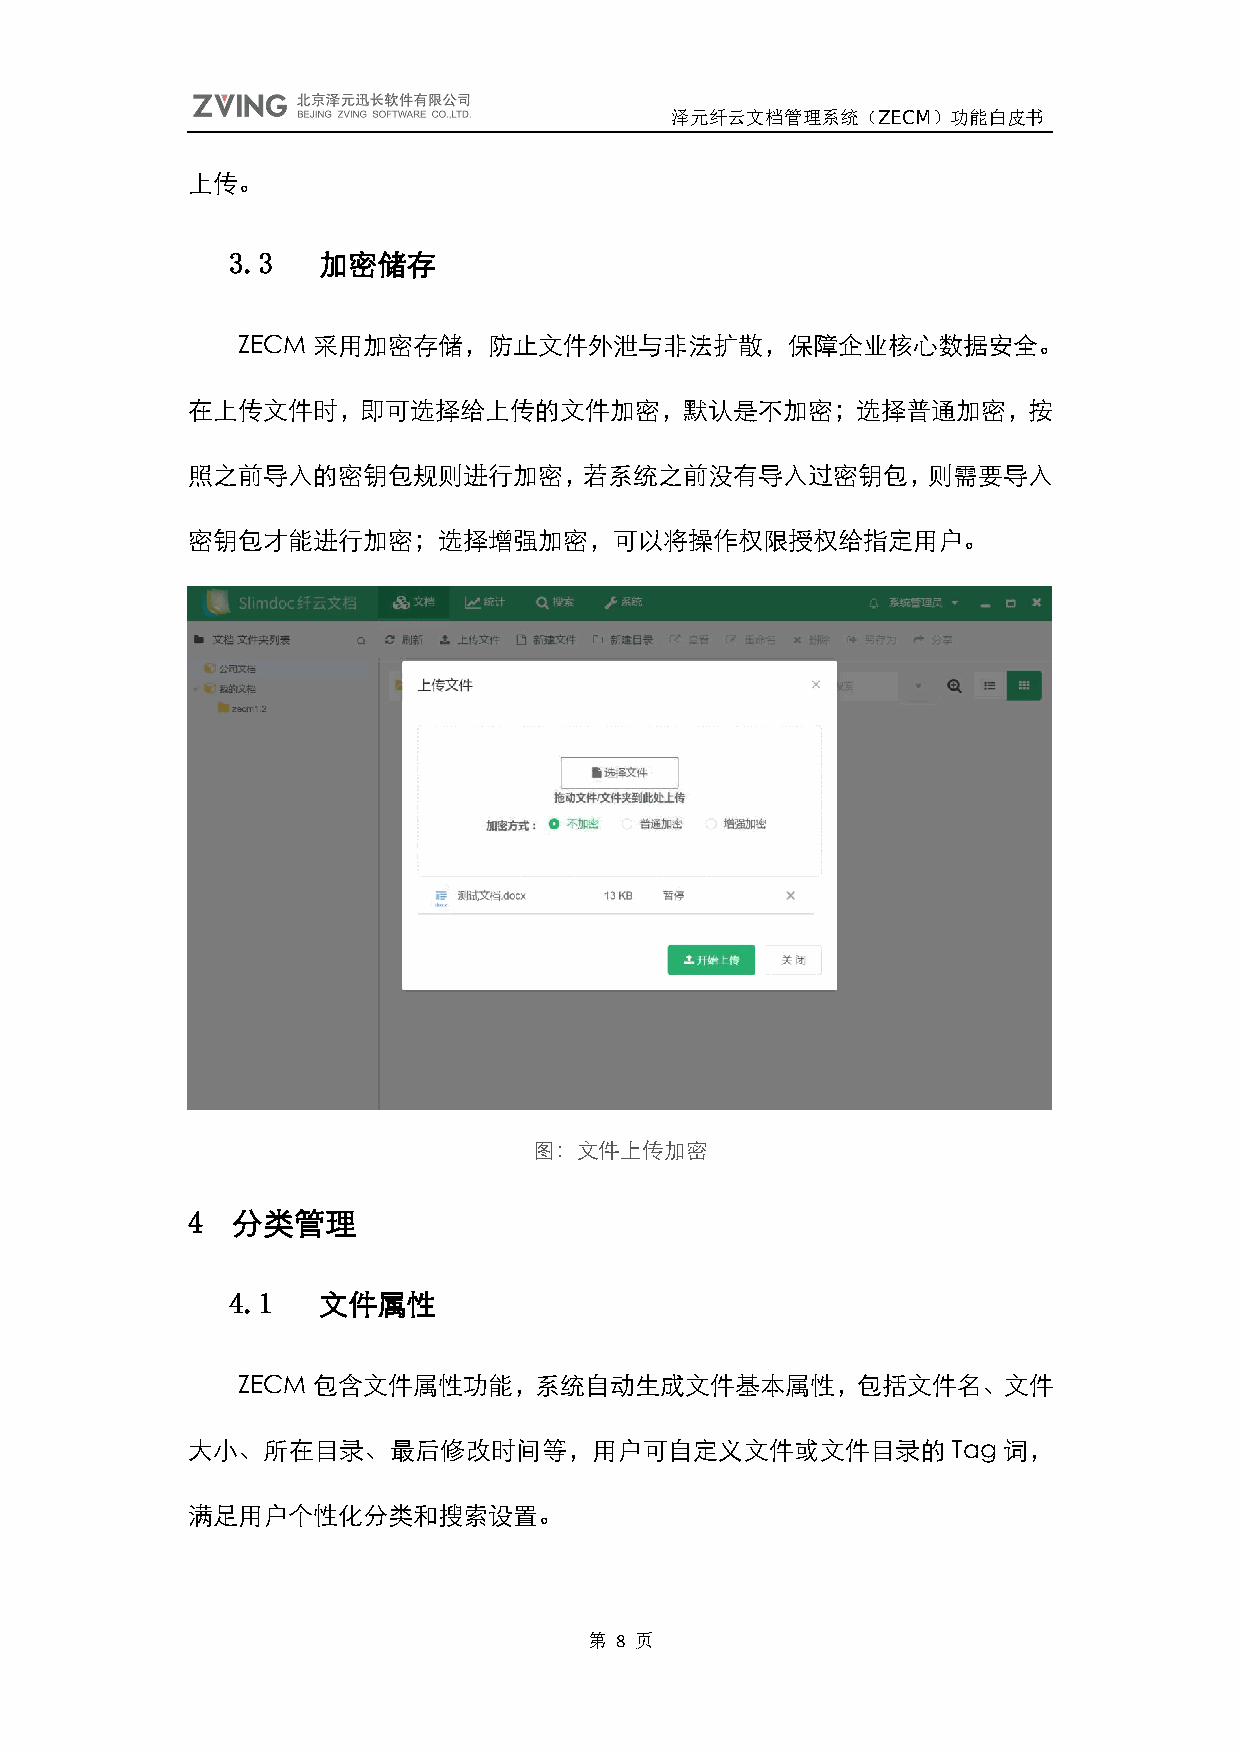
泽元纤云文档管理系统（ZECM）功能白皮书
 上传。
 3.3   加密储存
 ZECM 采用加密存储，防止文件外泄与非法扩散，保障企业核心数据安全。
 在上传文件时，即可选择给上传的文件加密，默认是不加密；选择普通加密，按
 照之前导入的密钥包规则进行加密，若系统之前没有导入过密钥包，则需要导入
 密钥包才能进行加密；选择增强加密，可以将操作权限授权给指定用户。
 图：文件上传加密
 4  分类管理
 4.1   文件属性
 ZECM 包含文件属性功能，系统自动生成文件基本属性，包括文件名、文件
 大小、所在目录、最后修改时间等，用户可自定义文件或文件目录的                     Tag 词，
 满足用户个性化分类和搜索设置。
 第 8 页